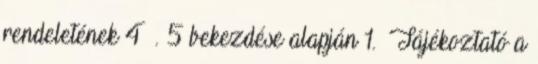
rendeletének 4 §. 5 bekezdése alapján 1. Tájékoztató a